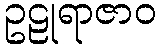
ဥဠုရာဇာဝ